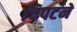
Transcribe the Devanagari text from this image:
चिपटने